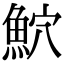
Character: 𫙕